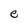
Character: e